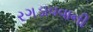
રગડાવવાની